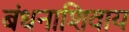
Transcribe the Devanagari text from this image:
बंधनाशिवाय